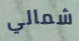
شمالي